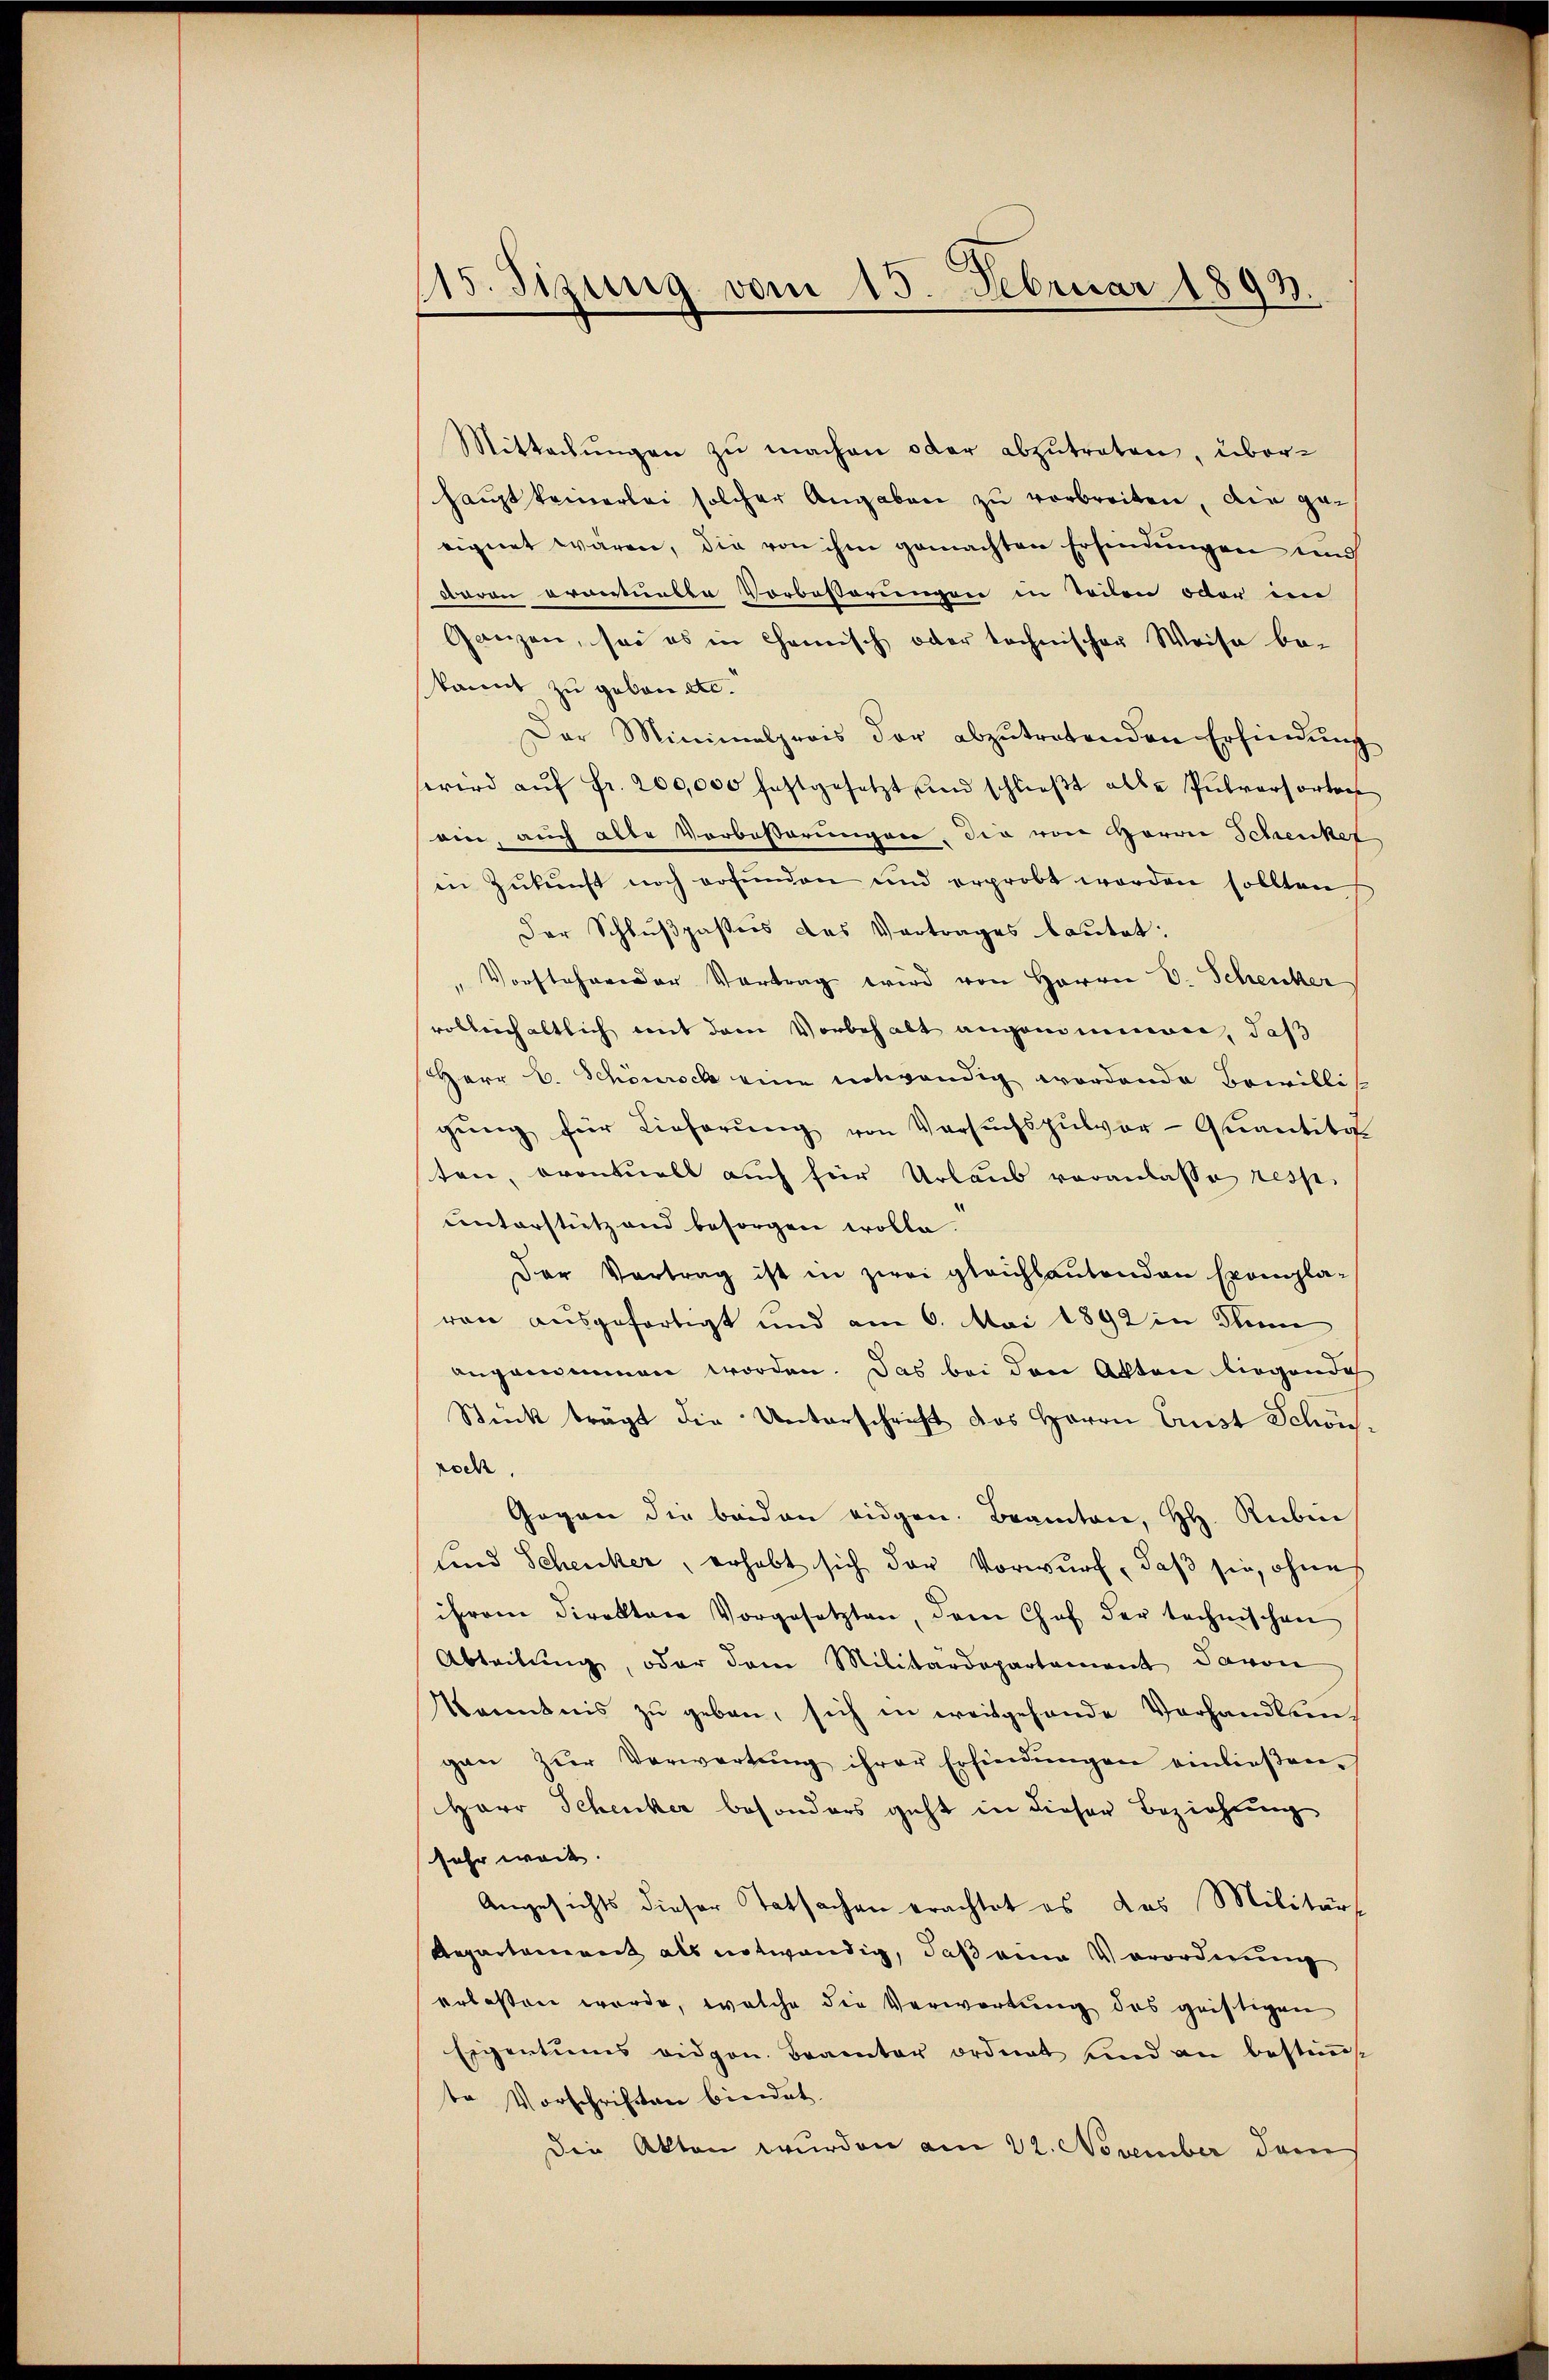
115. Sizung vom 15. Februar 1893.

Mittachŭngen zu machen oder abzutreten, überhaupt keinerlei solcher Angaben zu verbreiten, die geeignet wären, die von ihm gemachten Erfindungen und
Baron ergestunbte Vorbesserungen in Teilen oder im
Ganzen, sei es in Camisch oder technischer Weise be-
kannt zu geben etc.
Der Minimalprois der abzŭtretenden Erfindŭng
erird aŭf fr. 200,000 festgesetzt und schlieβt alle Pulversorten
ein, auch alte Verbeßerungen, die von Herrn Schrenkel
in Zŭkŭnft noch erfŭnden und erprobt worden sollten
Der Schlußpassers das Vertrages bautet:
Vorstehender Vortrag wird von Herrn V. Schenker
vollenchaltlich mit dem Vorbehalt angenommen, daß
HHerr C. Schönrock eine notwendig wordende Bewilli
gŭng für Lieferŭng von Versŭchspŭlvor-Quantitel
ten, eventuell auch für Urlaub veranlasse resp.
unterstützend besorgen wolle.
Der Vertrag ist in zwei gleichbautenden Exempla-
von ausgefertigt und am 6. Mai 1892 in denn
angenommen worden. Das bei den Akten liegende
Stück trägt die Unterschrift des Herrn Ernst Schön.
roch
Gegen die beiden eidgen. Beamten, HH. Rubin
sind Schencker, erhebt sich der Vorwurf, daß sie, ohne
ihrem Direktore Vorgesetzten, dem Chef der technischen
Abteilŭng, oder dem Militärdepartement davon
Kenntnis zŭ geben, sich in weitgehande Verhandlein
gan zŭr Verwartŭng ihrer Erfindŭngen einlieβen-
Herr Schenker besonders geht in dieser Beziehung
sehr weit.
Angesichts dieser Tatsachen erachtet es das Militärs
Repartement als notwendig, daß eine Verordnung
erlassen werde, welche die Verwortung des griftigen
Eigentums eidgen. Beamter ordnet und an bestimmt
te Vorschriften biedet.
Die Akten wurden am 22. November dem